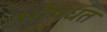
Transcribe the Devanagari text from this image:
औषधत